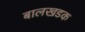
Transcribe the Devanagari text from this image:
बालखडक